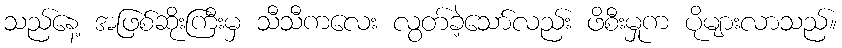
သည်နေ့ အဖြစ်ဆိုးကြီးမှ သီသီကလေး လွတ်ခဲ့သော်လည်း ဖိစီးမှုက ပိုများလာသည်။